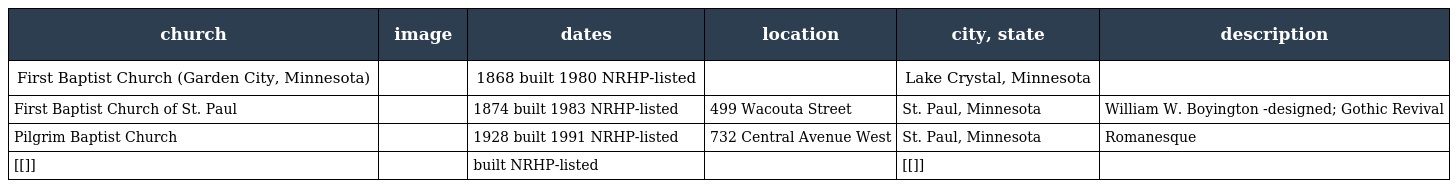
| church | image | dates | location | city, state | description |
 | --- | --- | --- | --- | --- | --- |
 | First Baptist Church (Garden City, Minnesota) |  | 1868 built 1980 NRHP-listed |  | Lake Crystal, Minnesota |  |
 | First Baptist Church of St. Paul |  | 1874 built 1983 NRHP-listed | 499 Wacouta Street | St. Paul, Minnesota | William W. Boyington -designed; Gothic Revival |
 | Pilgrim Baptist Church |  | 1928 built 1991 NRHP-listed | 732 Central Avenue West | St. Paul, Minnesota | Romanesque |
 | [[]] |  | built NRHP-listed |  | [[]] |  |